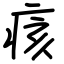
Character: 痎